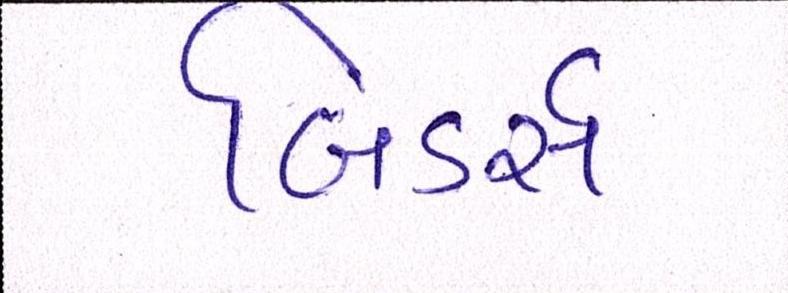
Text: બિડર્સ